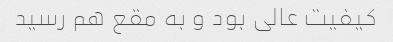
کیفیت عالی بود و به مقع هم رسید